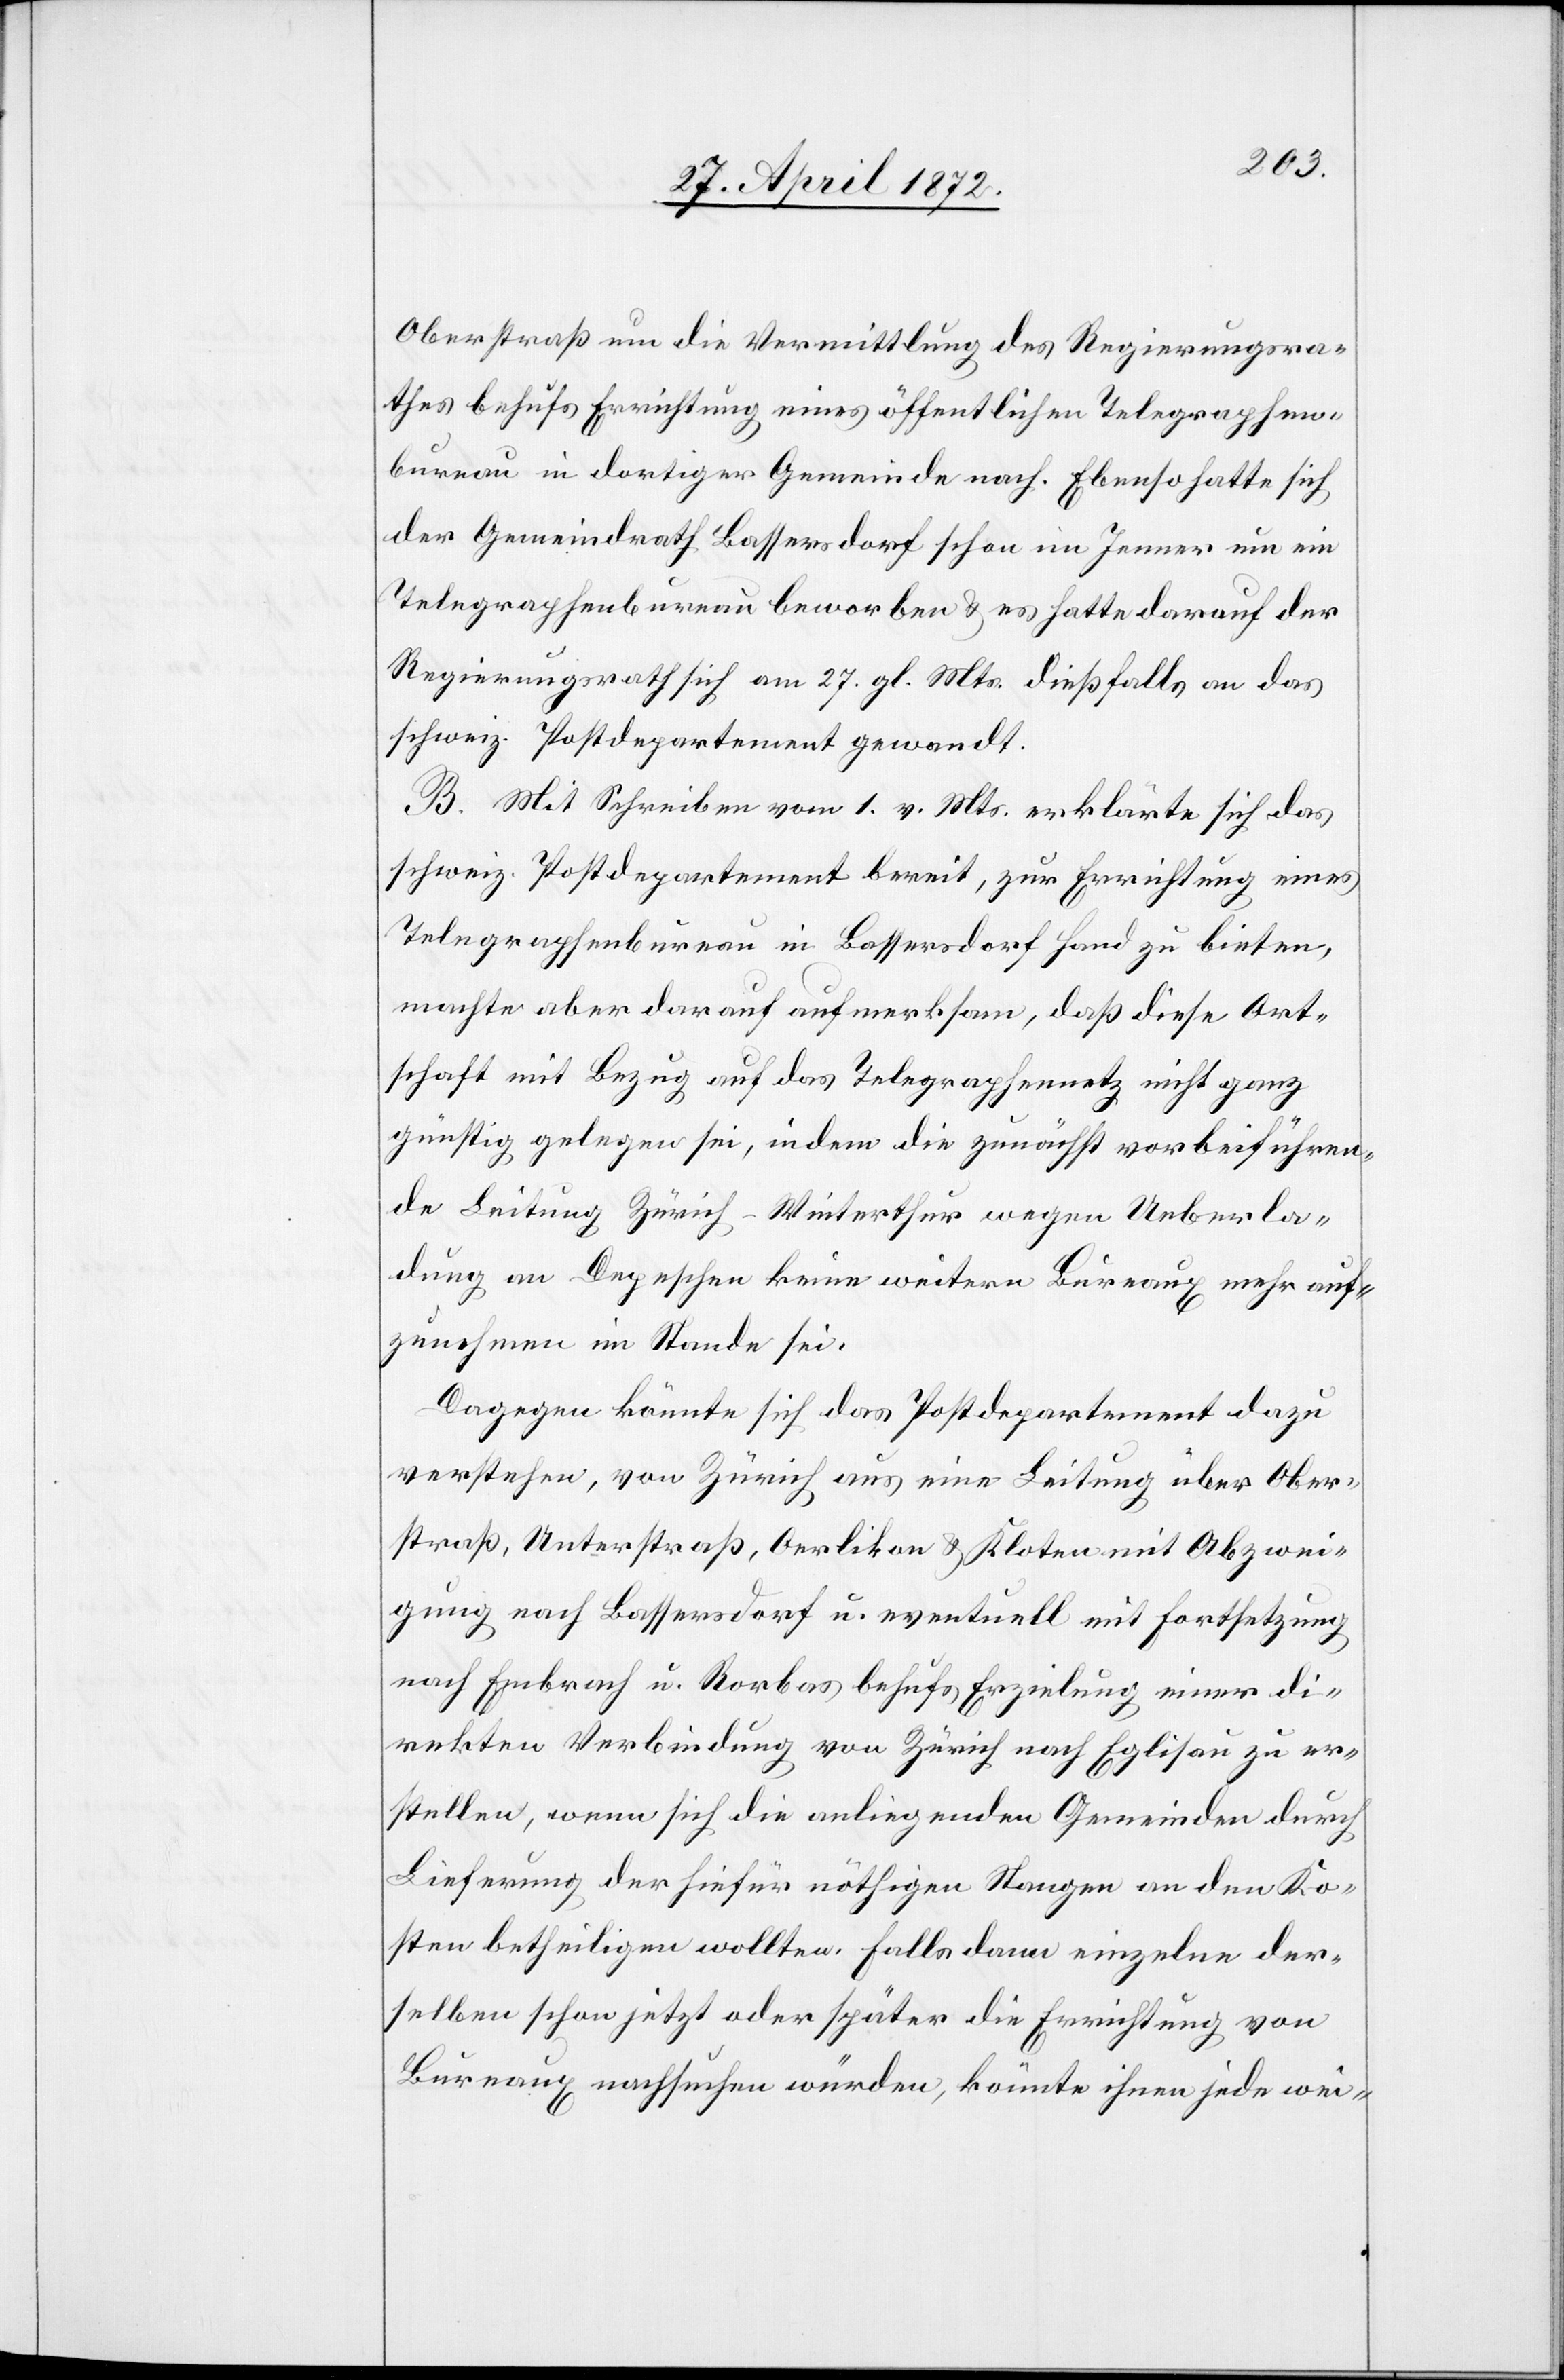
Oberstraß um die Vermittlung des Regierungsra¬
thes behufs Errichtung eines öffentlichen Telegraphen¬
bureau in dortiger Gemeinde nach. Ebenso hatte sich
der Gemeindrath Bassersdorf schon im Jenner um ein
Telegraphenbureau beworben u. es hatte darauf der
Regierungsrath sich am 27. gl. Mts. dießfalls an das
schweiz. Postdepartement gewandt.
B. Mit Schreiben vom 1. v. Mts. erklärte sich das
schweiz. Postdepartement bereit, zur Errichtung eines
Telegraphenbureau in Bassersdorf Hand zu bieten,
machte aber darauf aufmerksam, daß diese Ort¬
schaft mit Bezug auf das Telegraphennetz nicht ganz
günstig gelegen sei, indem die zunächst vorbeiführen¬
de Leitung Zürich–Winterthur wegen Ueberla¬
dung an Depeschen keine weitern Bureaux mehr auf¬
zunehmen im Stande sei.
Dagegen könnte sich das Postdepartement dazu
verstehen, von Zürich aus eine Leitung über Ober¬
straß, Unterstraß, Oerlikon u. Kloten mit Abzwei¬
gung nach Bassersdorf u. eventuell mit Fortsetzung
nach Embrach u. Rorbas behufs Erzielung einer di¬
rekten Verbindung von Zürich nach Eglisau zu er¬
stellen, wenn sich die anliegenden Gemeinden durch
Lieferung der hiefür nöthigen Stangen an den Ko¬
sten betheiligen wollten. Falls dann einzelne der¬
selben schon jetzt oder später die Errichtung von
Bureaux nachsuchen würden, könnte ihnen jede wei-